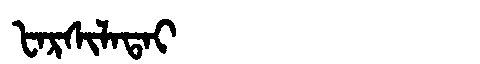
Manchu: ᡶᠠᡵᠰᡳᠯᠠᡨᠠᡳ
Romanization: FARSILATAI